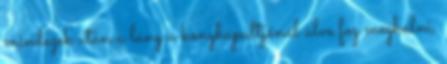
mindezek után a lány a konyhapultjánál ülve fog meghalni,